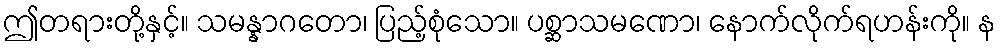
ဤတရားတို့နှင့်။ သမန္နာဂတော၊ ပြည့်စုံသော။ ပစ္ဆာသမဏော၊ နောက်လိုက်ရဟန်းကို။ န